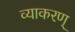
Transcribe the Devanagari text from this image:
व्याकरण्